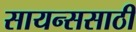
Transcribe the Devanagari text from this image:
सायन्ससाठी